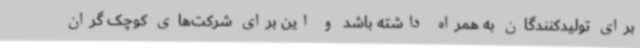
برای تولیدکنندگان به همراه داشته باشد و این برای شرکت‌های کوچک گران